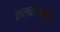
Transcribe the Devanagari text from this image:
तालकंठमणि